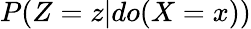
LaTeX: P(Z=z|do(X=x))